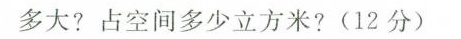
多大?占空间多少立方米?(12分)